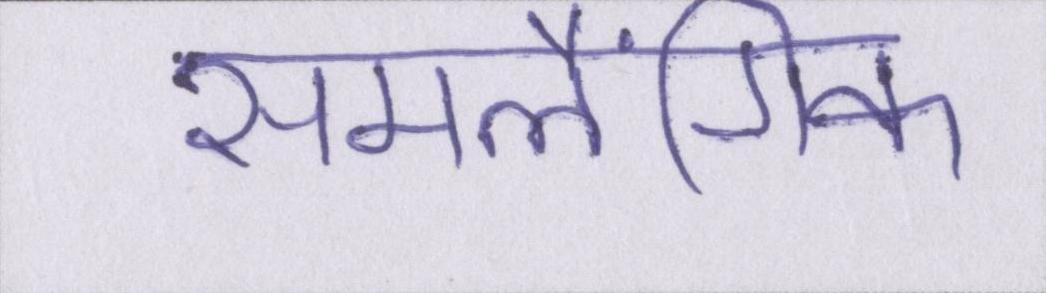
समलैंगिक